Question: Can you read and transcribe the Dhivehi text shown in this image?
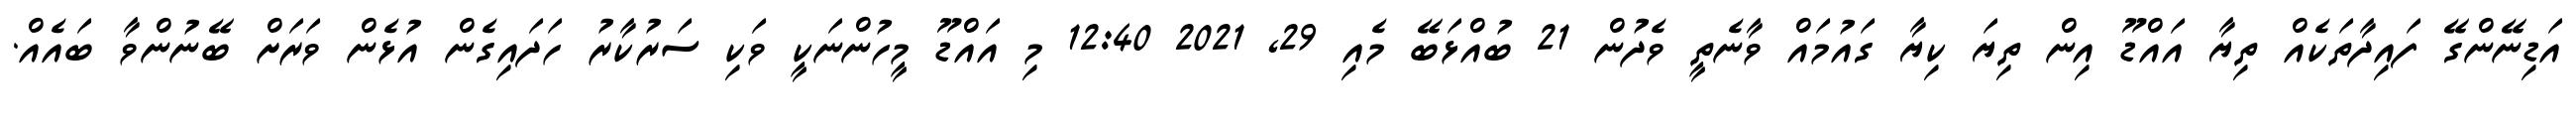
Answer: އަޑިނޭންގޭ ފައިދާތަކެއް ތިޔާ އައްޑޫ އިން ތިޔަ ކިޔާ ގައުމައް ވާނެތީ ވެދުން 21 ބުއްޅަބޭ މެއި 29, 2021 12:40 މި އައްޑޫ މީހުންނަކީ ވަކި ސަރުކާރު ހަދައިގެން އުޅެން ވަރަށް ބޭނުންވާ ބައެއް.